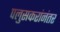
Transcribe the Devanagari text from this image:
पलुसकरांनंतर